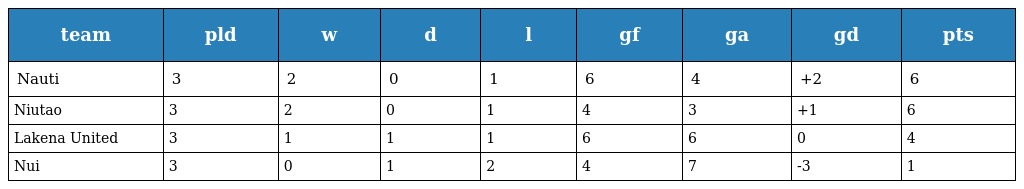
| team | pld | w | d | l | gf | ga | gd | pts |
 | --- | --- | --- | --- | --- | --- | --- | --- | --- |
 | Nauti | 3 | 2 | 0 | 1 | 6 | 4 | +2 | 6 |
 | Niutao | 3 | 2 | 0 | 1 | 4 | 3 | +1 | 6 |
 | Lakena United | 3 | 1 | 1 | 1 | 6 | 6 | 0 | 4 |
 | Nui | 3 | 0 | 1 | 2 | 4 | 7 | -3 | 1 |